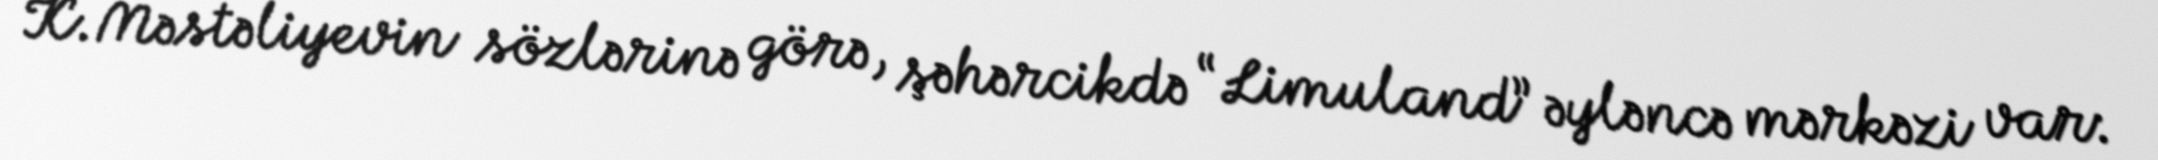
K.Məstəliyevin sözlərinə görə, şəhərcikdə “Limuland” əyləncə mərkəzi var: